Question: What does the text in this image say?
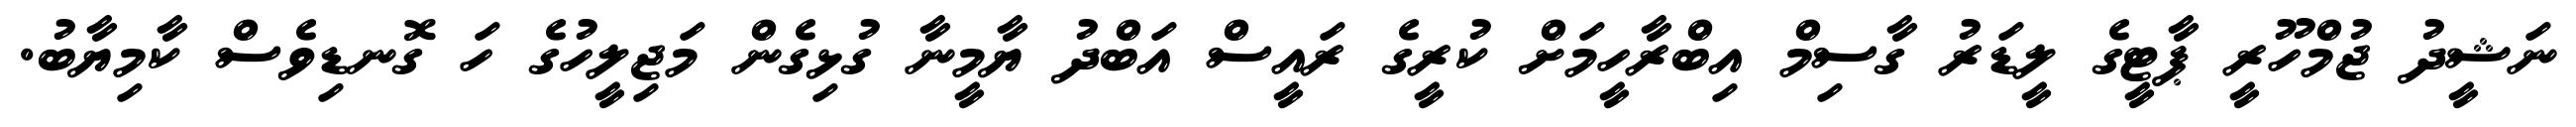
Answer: ނަޝީދު ޖުމްހޫރީ ޕާޓީގެ ލީޑަރު ގާސިމް އިބްރާހީމަށް ކުރީގެ ރައީސް އަބްދު ޔާމީނާ ގުޅިގެން މަޖިލީހުގެ ހަ ގޮނޑިވެސް ކާމިޔާބު.